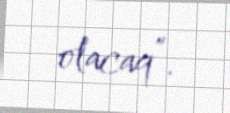
olacaq”.